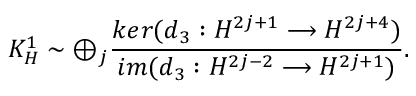
K _ { H } ^ { 1 } \sim \oplus _ { j } \frac { k e r ( d _ { 3 } : H ^ { 2 j + 1 } \longrightarrow H ^ { 2 j + 4 } ) } { i m ( d _ { 3 } : H ^ { 2 j - 2 } \longrightarrow H ^ { 2 j + 1 } ) } .